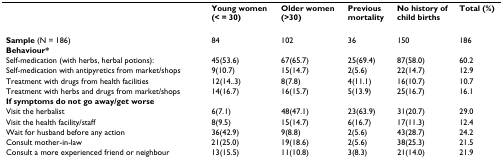
<table><thead><tr><td></td><td><b>Young women (&lt; = 30)</b></td><td><b>Older women (&gt;30)</b></td><td><b>Previous mortality</b></td><td><b>No history of child births</b></td><td><b>Total (%)</b></td></tr></thead><tbody><tr><td><b>Sample </b>(N = 186)</td><td>84</td><td>102</td><td>36</td><td>150</td><td>186</td></tr><tr><td><b>Behaviour*</b></td><td></td><td></td><td></td><td></td><td></td></tr><tr><td>Self-medication (with herbs, herbal potions):</td><td>45(53.6)</td><td>67(65.7)</td><td>25(69.4)</td><td>87(58.0)</td><td>60.2</td></tr><tr><td>Self-medication with antipyretics from market/shops</td><td>9(10.7)</td><td>15(14.7)</td><td>2(5.6)</td><td>22(14.7)</td><td>12.9</td></tr><tr><td>Treatment with drugs from health facilities</td><td>12(14..3)</td><td>8(7.8)</td><td>4(11.1)</td><td>16(10.7)</td><td>10.7</td></tr><tr><td>Treatment with herbs and drugs from market/shops</td><td>14(16.7)</td><td>16(15.7)</td><td>5(13.9)</td><td>25(16.7)</td><td>16.1</td></tr><tr><td><b>If symptoms do not go away/get worse</b></td><td></td><td></td><td></td><td></td><td></td></tr><tr><td>Visit the herbalist</td><td>6(7.1)</td><td>48(47.1)</td><td>23(63.9)</td><td>31(20.7)</td><td>29.0</td></tr><tr><td>Visit the health facility/staff</td><td>8(9.5)</td><td>15(14.7)</td><td>6(16.7)</td><td>17(11.3)</td><td>12.4</td></tr><tr><td>Wait for husband before any action</td><td>36(42.9)</td><td>9(8.8)</td><td>2(5.6)</td><td>43(28.7)</td><td>24.2</td></tr><tr><td>Consult mother-in-law</td><td>21(25.0)</td><td>19(18.6)</td><td>2(5.6)</td><td>38(25.3)</td><td>21.5</td></tr><tr><td>Consult a more experienced friend or neighbour</td><td>13(15.5)</td><td>11(10.8)</td><td>3(8.3)</td><td>21(14.0)</td><td>21.9</td></tr></tbody></table>